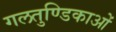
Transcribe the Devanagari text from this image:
गलतुण्डिकाओं